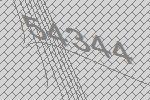
54344